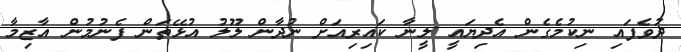
ދުވެފައި ނިކުމެގެން އެދިޔައީ ލީނާ ކައިރިއަށް ނުދާން ލޫލު އުޅޭތަން ފެނުމުން އާޒިމާ